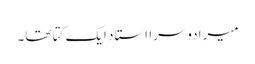
میرا دوسرا استاد ایک کتا تھا۔